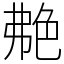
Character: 艴